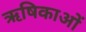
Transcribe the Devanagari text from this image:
ऋषिकाओं